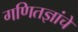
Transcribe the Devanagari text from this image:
गणितज्ञांचे